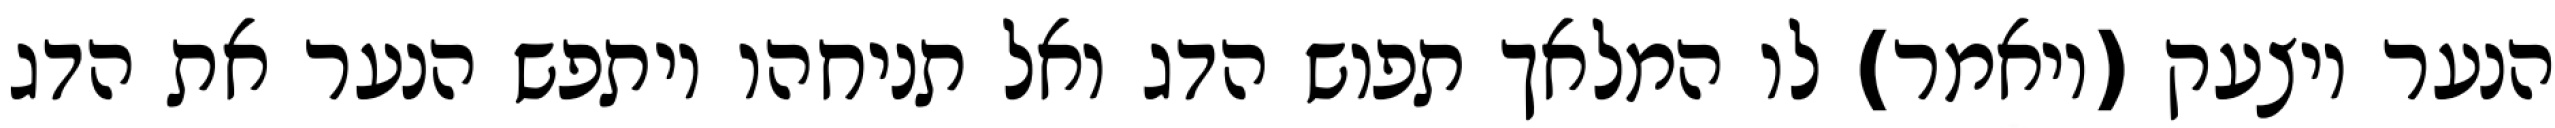
הנער ויצעק (ויאמר) לו המלאך תפוש הדג ואל תניחהו ויתפש הנער את הדג